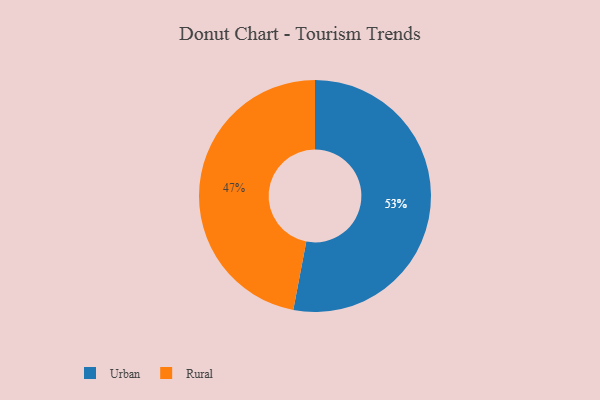
{"axis": {"x": "Category", "y": "Percentage"}, "legend": ["Rural", "Urban"], "data": [{"x": "Urban", "y": 53, "type": "Urban"}, {"x": "Rural", "y": 47, "type": "Rural"}]}